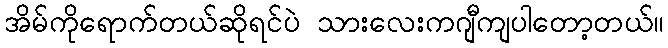
အိမ်ကိုရောက်တယ်ဆိုရင်ပဲ သားလေးကဂျီကျပါတော့တယ်။